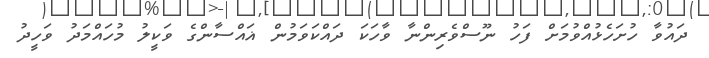
ދައުވާ ހުށަހެޅުއްވުމަށް ފަހު ނޫސްވެރިންނާ ވާހަކަ ދައްކަވަމުން ޣައްސާންގެ ވަކީލު މުހައްމަދު ވަހީދު